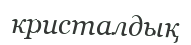
кристалдық